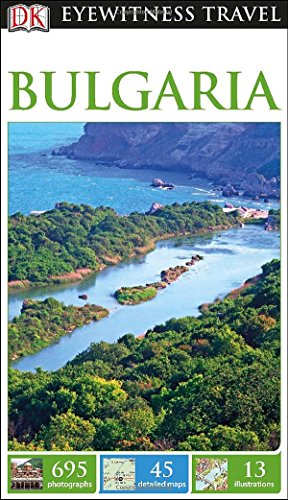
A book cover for DK Eyewitness Travel Guide: Bulgaria; DK Publishing; Travel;